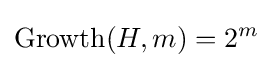
\operatorname {Growth} (H,m)=2^{m}